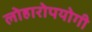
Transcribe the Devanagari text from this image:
लोहारोपयोगी